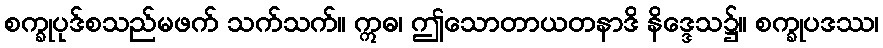
စက္ခုပုဒ်စသည်မဖက် သက်သက်။ ဣဓ၊ ဤသောတာယတနာဒိ နိဒ္ဒေသ၌။ စက္ခုပဒဿ၊